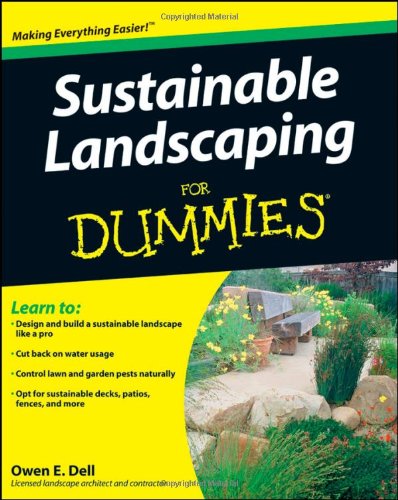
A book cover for Sustainable Landscaping For Dummies; Owen E. Dell; Crafts, Hobbies & Home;